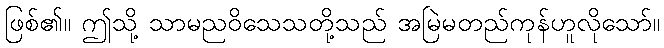
ဖြစ်၏။ ဤသို့ သာမညဝိသေသတို့သည် အမြဲမတည်ကုန်ဟူလိုသော်။